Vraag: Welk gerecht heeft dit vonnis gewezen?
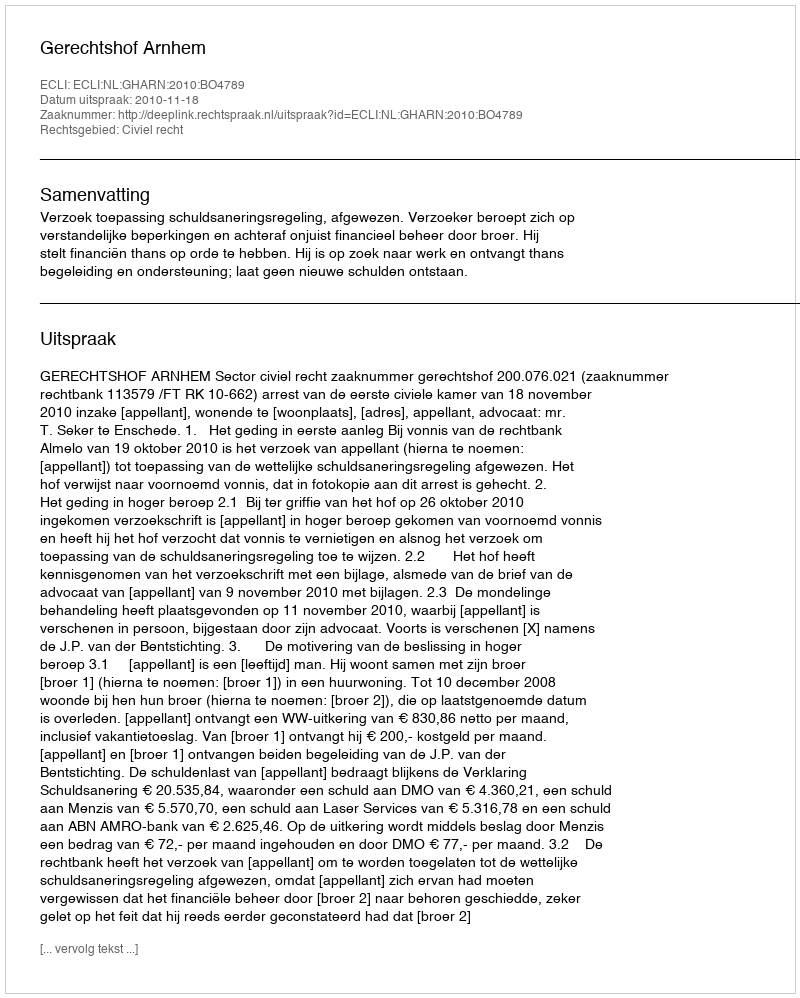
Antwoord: Gerechtshof Arnhem